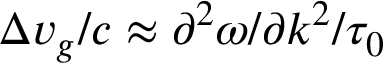
\Delta v _ { g } / c \approx \partial ^ { 2 } \omega / \partial k ^ { 2 } / \tau _ { 0 }